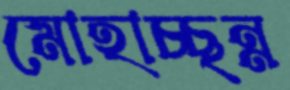
মোহাচ্ছন্ন